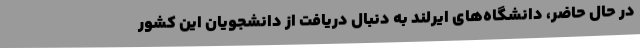
در حال حاضر، دانشگاه‌های ایرلند به دنبال دریافت از دانشجویان این کشور